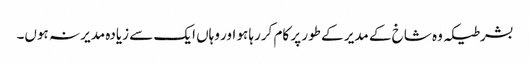
بشرطیکہ وہ شاخ کے مدیر کے طور پر کام کررہا ہو اور وہاں ایک سے زیادہ مدیر نہ ہوں۔